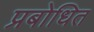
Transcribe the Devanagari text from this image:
प्रबोधित